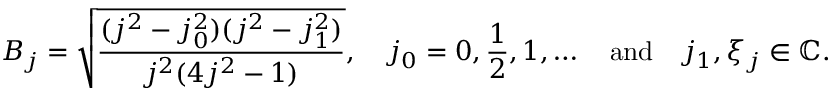
B _ { j } = { \sqrt { \frac { ( j ^ { 2 } - j _ { 0 } ^ { 2 } ) ( j ^ { 2 } - j _ { 1 } ^ { 2 } ) } { j ^ { 2 } ( 4 j ^ { 2 } - 1 ) } } } , \quad j _ { 0 } = 0 , { \frac { 1 } { 2 } } , 1 , \ldots \quad { \mathrm { a n d } } \quad j _ { 1 } , \xi _ { j } \in \mathbb { C } .